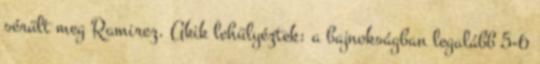
sérült meg Ramirez. Akik lehülyéztek: a bajnokságban legalább 5-6